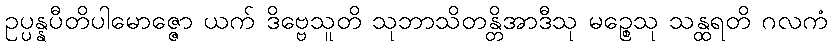
ဥပ္ပန္နပီတိပါမောဇ္ဇော ယက် ဒိဗ္ဗေသူတိ သုဘာသိတန္တိအာဒီသု မဉ္စေသု သန္ထရတိ ဂလကံ